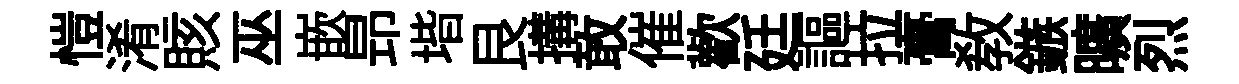
愷淆賅巫嵌昻堦艮搆敢催歡廷謳拉膏敎鏃曠烈